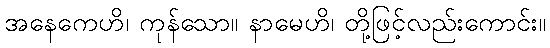
အနေကေဟိ၊ ကုန်သော။ နာမေဟိ၊ တို့ဖြင့်လည်းကောင်း။